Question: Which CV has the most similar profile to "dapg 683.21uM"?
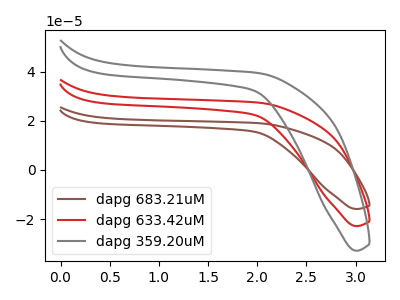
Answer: <think>The brown curve "dapg 683.21uM" has no peaks. The red curve "dapg 633.42uM" has no peaks. The gray curve "dapg 359.20uM" has no peaks.
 Neither "dapg 683.21uM" or "dapg 633.42uM" have any peaks. Neither "dapg 683.21uM" or "dapg 359.20uM" have any peaks. Neither "dapg 633.42uM" or "dapg 359.20uM" have any peaks.</think>
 <answer>"dapg 683.21uM" and "dapg 633.42uM" have a similar shape to "dapg 359.20uM".</answer>
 <eval>"dapg 683.21uM" "dapg 633.42uM"</eval>